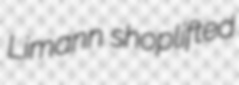
Limann shoplifted